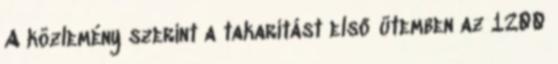
A közlemény szerint a takarítást első ütemben az 1200